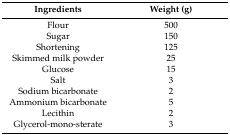
<table><thead><tr><td><b>Ingredients</b></td><td><b>Weight (g)</b></td></tr></thead><tbody><tr><td>Flour</td><td>500</td></tr><tr><td>Sugar</td><td>150</td></tr><tr><td>Shortening</td><td>125</td></tr><tr><td>Skimmed milk powder</td><td>25</td></tr><tr><td>Glucose</td><td>15</td></tr><tr><td>Salt</td><td>3</td></tr><tr><td>Sodium bicarbonate</td><td>2</td></tr><tr><td>Ammonium bicarbonate</td><td>5</td></tr><tr><td>Lecithin</td><td>2</td></tr><tr><td>Glycerol-mono-sterate</td><td>3</td></tr></tbody></table>